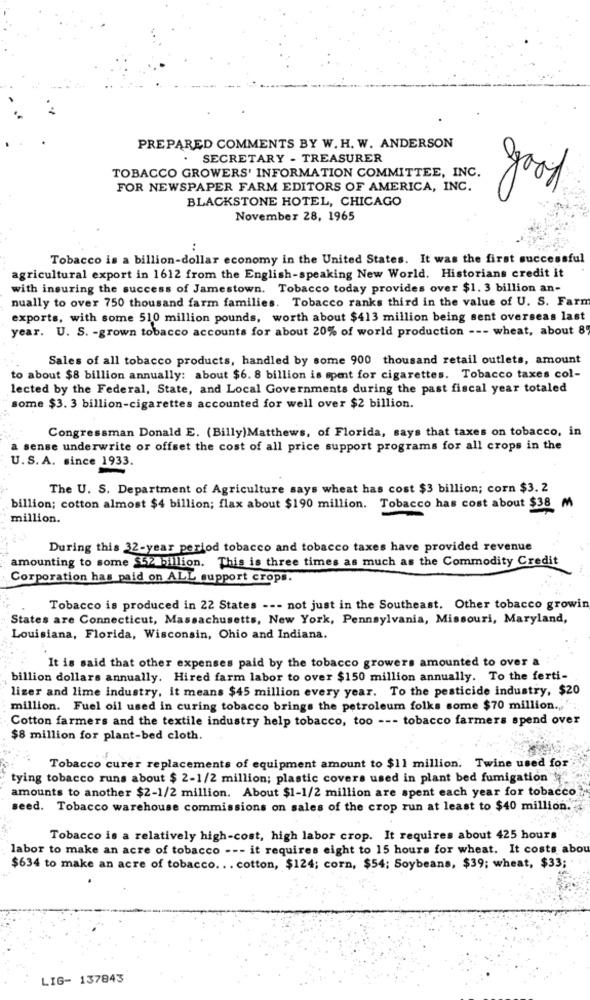
PREPARED COMMENTS BY W. H. W. ANDERSON
SECRETARY - TREASURER
TOBACCO GROWERS' INFORMATION COMMITTEE, INC.
FOR NEWSPAPER FARM EDITORS OF AMERICA, INC.
good
BLACKSTONE HOTEL, CHICAGO
November 28, 1965
Tobacco is a billion-dollar economy in the United States. It was the first successful
agricultural export in 1612 from the English-speaking New World. Historians credit it
with insuring the success of Jamestown. Tobacco today provides over $1. 3 billion an-
nually to over 750 thousand farm families. Tobacco ranks third in the value of U. S. Farm
exports, with some 510 million pounds, worth about $413 million being sent overseas last
year. U. S. - grown tobacco accounts for about 20% of world production --- wheat, about 8
Sales of all tobacco products, handled by some 900 thousand retail outlets, amount
to about $8 billion annually: about $6. 8 billion is spent for cigarettes. Tobacco taxes col-
lected by the Federal, State, and Local Governments during the past fiscal year totaled
some $3. 3 billion-cigarettes accounted for well over $2 billion.
Congressman Donald E. (Billy)Matthews, of Florida, says that taxes on tobacco, in
a sense underwrite or offset the cost of all price support programs for all crops in the
U.S. A. since 1933.
The U. S. Department of Agriculture says wheat has cost $3 billion; corn $3. 2
billion; cotton almost $4 billion; flax about $190 million. Tobacco has cost about $38 M
million.
During this 32-year period tobacco and tobacco taxes have provided revenue
amounting to some $52 billion. This is three times as much as the Commodity Credit
Corporation has paid on ALL support crops.
Tobacco is produced in 22 States --- not just in the Southeast. Other tobacco growin
States are Connecticut, Massachusetts, New York, Pennsylvania, Missouri, Maryland,
Louisiana, Florida, Wisconsin, Ohio and Indiana.
It is said that other expenses paid by the tobacco growers amounted to over a
billion dollars annually. Hired farm labor to over $150 million annually. To the ferti-
lizer and lime industry, it means $45 million every year. To the pesticide industry, $20
million. Fuel oil used in curing tobacco brings the petroleum folks some $70 million ...
Cotton farmers and the textile industry help tobacco, too --- tobacco farmers spend over
$8 million for plant-bed cloth.
Tobacco curer replacements of equipment amount to $11 million. Twine used for
tying tobacco runs about $ 2-1/2 million; plastic covers used in plant bed fumigation
amounts to another $2-1/2 million. About $1-1/2 million are spent each year for tobacco.
seed. Tobacco warehouse commissions on sales of the crop run at least to $40 million.
Tobacco is a relatively high-cost, high labor crop. It requires about 425 hours
labor to make an acre of tobacco --- it requires eight to 15 hours for wheat. It costs abou
$634 to make an acre of tobacco. . . cotton, $124; corn, $54; Soybeans, $39; wheat, $33;
LIG- 137843